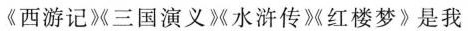
《西游记》《三国演义》《水浒传》《红楼梦》是我